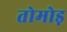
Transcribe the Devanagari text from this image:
तोमोड़